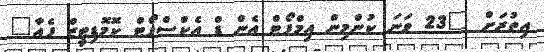
އިތުރަށް "23 ވަނަ ކުންމިން އިމްޕޯޓް އެން ޑް އެކްސްޕޯޓް ކޮމޮޑިޓީޒް ފެއާ"